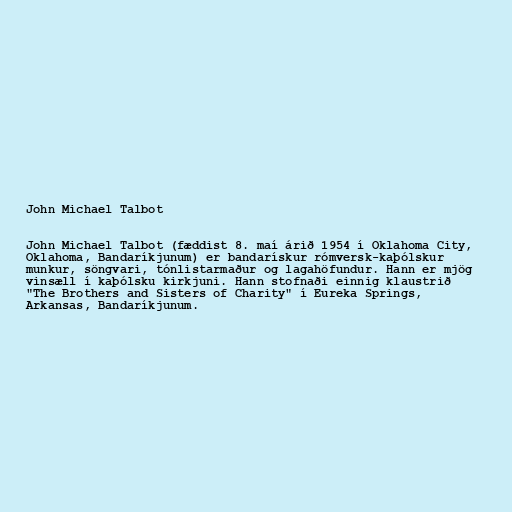
John Michael Talbot

John Michael Talbot (fæddist 8. maí árið 1954 í Oklahoma City,
Oklahoma, Bandaríkjunum) er bandarískur rómversk-kaþólskur
munkur, söngvari, tónlistarmaður og lagahöfundur. Hann er mjög
vinsæll í kaþólsku kirkjuni. Hann stofnaði einnig klaustrið
"The Brothers and Sisters of Charity" í Eureka Springs,
Arkansas, Bandaríkjunum.